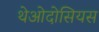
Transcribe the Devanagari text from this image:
थेओदोसियस